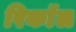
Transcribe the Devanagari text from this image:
रिकाॅल